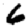
Digit: 6